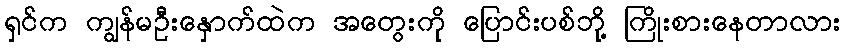
ရှင်က ကျွန်မဦးနှောက်ထဲက အတွေးကို ပြောင်းပစ်ဘို့ ကြိုးစားနေတာလား